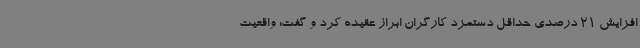
افزایش 21 درصدی حداقل دستمزد کارگران ابراز عقیده کرد و گفت: واقعیت